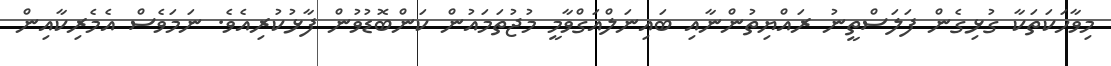
މިވާހަކަތަކާ ގުޅިގެން ފަލަސްތީނު ރައްޔިތުންނާއި ބައިނަލްއަގްވާމީ މުޖުތަމައުން ކަންބޮޑުވުން ފާޅުކުރިއެވެ. ނަމަވެސް އެމެރިކާއިން